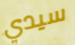
سيدي